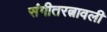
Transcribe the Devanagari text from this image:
संगीतरत्नावली